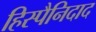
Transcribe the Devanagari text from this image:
हिस्पैनिदाद